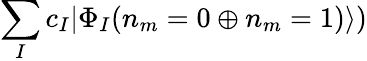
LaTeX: \sum_{I}c_{I}|\Phi_{I}(n_{m}=0\oplus n_{m}=1)\rangle)